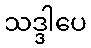
သဒ္ဒါပေ